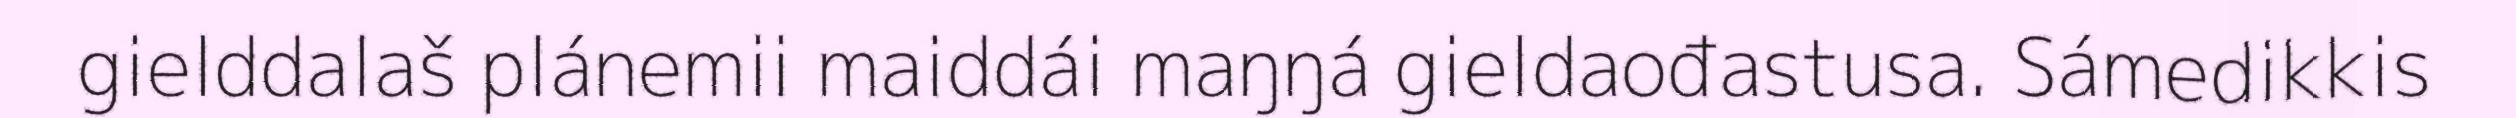
gielddalaš plánemii maiddái maŋŋá gieldaođastusa. Sámedikkis